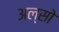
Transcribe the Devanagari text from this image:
अल्सो